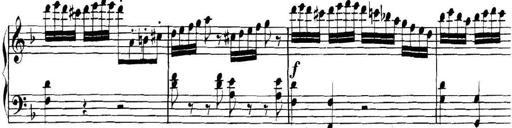
Title: Collected Piano Sonatas
Composer: Muzio Clementi